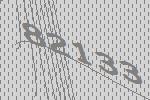
82133